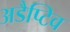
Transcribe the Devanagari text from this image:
अडैप्टिव